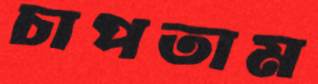
চাপতাম